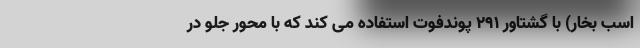
اسب بخار) با گشتاور 291 پوندفوت استفاده می کند که با محور جلو در